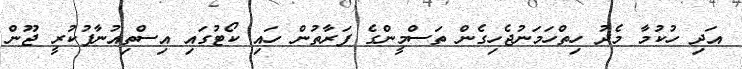
އަދި ހުކުމާ މެދު ހިތްހަމަނުޖެހިގެން ތަސްމީންގެ ފަރާތުން ހައި ކޯޓުގައި އިސްތިއުނާފުކުރީ ޖޫން